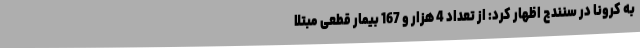
به کرونا در سنندج اظهار کرد: از تعداد 4 هزار و 167 بیمار قطعی مبتلا